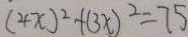
( 4 x ) ^ { 2 } + ( 3 x ) ^ { 2 } = 7 5